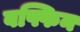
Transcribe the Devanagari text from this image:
बफ्फिन